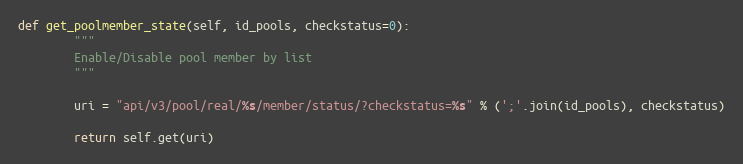
Language: Python
def get_poolmember_state(self, id_pools, checkstatus=0):
        """
        Enable/Disable pool member by list
        """

        uri = "api/v3/pool/real/%s/member/status/?checkstatus=%s" % (';'.join(id_pools), checkstatus)

        return self.get(uri)